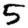
Digit: 5